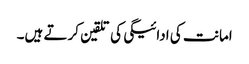
امانت کی ادائیگی کی تلقین کرتے ہیں۔